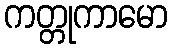
ကတ္တုကာမော